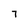
Character: 7